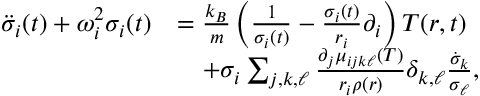
\begin{array} { r l } { \ddot { \sigma } _ { i } ( t ) + \omega _ { i } ^ { 2 } \sigma _ { i } ( t ) } & { = \frac { k _ { B } } { m } \left( \frac { 1 } { \sigma _ { i } ( t ) } - \frac { \sigma _ { i } ( t ) } { r _ { i } } \partial _ { i } \right) T ( \boldsymbol { r } , t ) } \\ & { \quad + \sigma _ { i } \sum _ { j , k , \ell } \frac { \partial _ { j } \mu _ { i j k \ell } ( T ) } { r _ { i } \rho ( \boldsymbol { r } ) } \delta _ { k , \ell } \frac { \dot { \sigma } _ { k } } { \sigma _ { \ell } } , } \end{array}